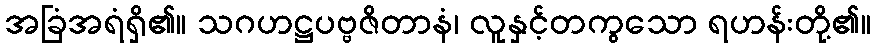
အခြံအရံရှိ၏။ သဂဟဋ္ဌပဗ္ဗဇိတာနံ၊ လူနှင့်တကွသော ရဟန်းတို့၏။